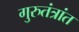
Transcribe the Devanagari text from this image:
गुरुतंत्रांत